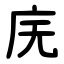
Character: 庑